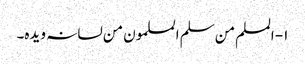
۱- المسلم من سلم المسلمون من لسانہ ویدہ۔